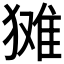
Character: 𱮘